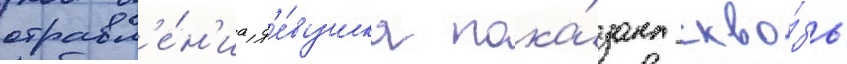
отравл'е́н'иа д'е́вушка пока́зана скво́зь